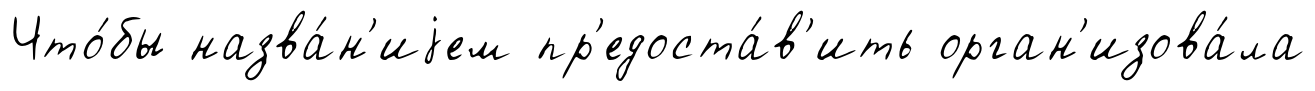
Что́бы назва́н'иjем пр'едоста́в'ить орган'изова́ла